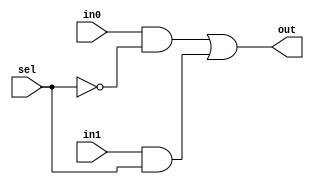
module mux2to1(
    input sel,
    input in0,
    input in1,
    output out
);
    wire not_sel, and0, and1;

    not not_gate(not_sel, sel);
    and and_gate0(and0, in0, not_sel);
    and and_gate1(and1, in1, sel);
    or or_gate(out, and0, and1);
endmodule